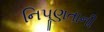
નિપૂણતાની